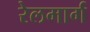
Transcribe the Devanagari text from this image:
रेलमार्गं